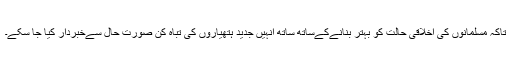
تاکہ مسلمانوں کی اخلاقی حالت کو بہتر بنانےکےساتھ ساتھ انہیں جدید ہتھیاروں کی تباہ کن صورت حال سےخبردار کیا جا سکے۔